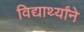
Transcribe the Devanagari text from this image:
विद्यार्थ्यांने